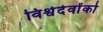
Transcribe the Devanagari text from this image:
विश्वेदेवोंको